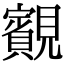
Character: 䚔